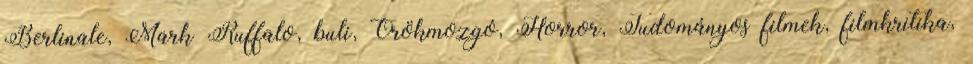
Berlinale, Mark Ruffalo, buli, Örökmozgó, Horror, Tudományos filmek, filmkritika,